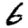
Digit: 6